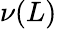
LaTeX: \nu(L)